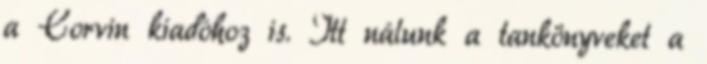
a Corvin kiadóhoz is. Itt nálunk a tankönyveket a